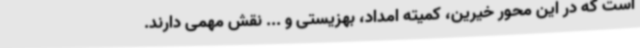
است که در این محور خیرین، کمیته امداد، بهزیستی و ... نقش مهمی دارند.